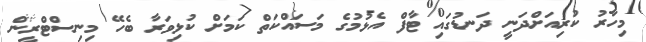
މިހާރު ކުރިއަށްދަނީ ދަނޑުގައި ޓާފް އެޅުމުގެ މަސައްކަތް ކަމަށް ކުޅިވަރާ ބެހޭ މިނިސްޓްރީން